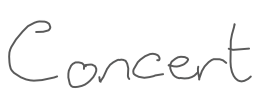
Text: Concert
Cross-out: clean
Writing tool: digital_gray